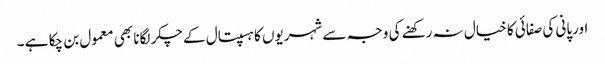
اورپانی کی صفائی کا خیال نہ رکھنے کی وجہ سے شہریوں کا ہسپتال کے چکر لگانا بھی معمول بن چکا ہے ۔